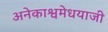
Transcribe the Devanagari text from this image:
अनेकाश्वमेधयाजी